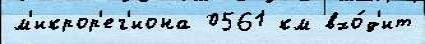
м'икрор'ег'иона 0561 км вхо́д'ит